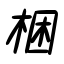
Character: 梱